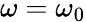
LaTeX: \omega=\omega_{0}